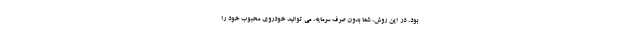
بود. در این روش، شما بدون صرف سرمایه، می توانید خودروی محبوب خود را